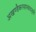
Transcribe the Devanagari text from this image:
अखण्डैकरसास्वादतृप्तो